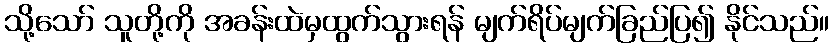
သို့သော် သူတို့ကို အခန်းထဲမှထွက်သွားရန် မျက်ရိပ်မျက်ခြည်ပြ၍ နိုင်သည်။